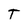
Character: T